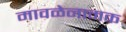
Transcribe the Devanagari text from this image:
मावळेनामक